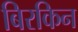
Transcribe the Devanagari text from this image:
बिरकिन